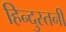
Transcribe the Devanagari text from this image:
हिन्दुस्तनी